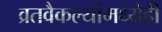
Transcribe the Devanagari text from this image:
व्रतवैकल्यांमध्येही